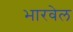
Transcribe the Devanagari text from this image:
भारवेल